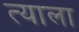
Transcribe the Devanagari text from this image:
त्‍याला